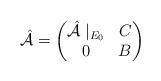
LaTeX: \begin{align*}\hat{\mathcal{A}}=\begin{pmatrix}\hat{\mathcal{A}}\mid_{E_0}&C\\0&B\end{pmatrix}\end{align*}